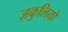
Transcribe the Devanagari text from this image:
ज़कुलियो